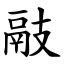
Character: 䰙